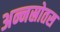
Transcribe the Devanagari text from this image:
अन्नस्रोतस